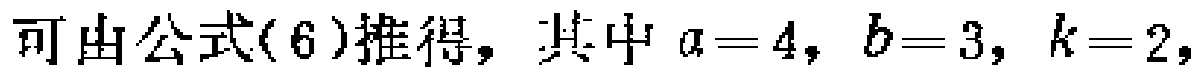
可由公式(6)推得，其中 \(a = 4\)，\(b = 3\)，\(k = 2\)，